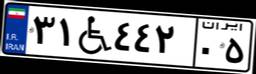
۳۱W۴۴۲۰۵